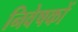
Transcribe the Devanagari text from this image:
निवेषकों